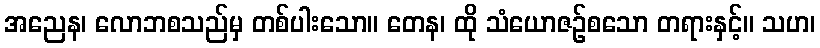
အညေန၊ လောဘစသည်မှ တစ်ပါးသော။ တေန၊ ထို သံယောဇဉ်စသော တရားနှင့်။ သဟ၊